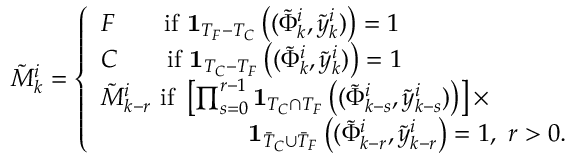
\tilde { M } _ { k } ^ { i } = \left\{ \begin{array} { l l } { F \qquad \mathrm { i f } \ \mathbf { 1 } _ { T _ { F } - T _ { C } } \left( ( \tilde { \Phi } _ { k } ^ { i } , \tilde { y } _ { k } ^ { i } ) \right) = 1 } \\ { C \qquad \mathrm { i f } \ \mathbf { 1 } _ { T _ { C } - T _ { F } } \left( ( \tilde { \Phi } _ { k } ^ { i } , \tilde { y } _ { k } ^ { i } ) \right) = 1 } \\ { \tilde { M } _ { k - r } ^ { i } \ \mathrm { i f } \ \left[ \prod _ { s = 0 } ^ { r - 1 } \mathbf { 1 } _ { T _ { C } \cap T _ { F } } \left( ( \tilde { \Phi } _ { k - s } ^ { i } , \tilde { y } _ { k - s } ^ { i } ) \right) \right] \times } \\ { \qquad \qquad \qquad \mathbf { 1 } _ { \bar { T } _ { C } \cup \bar { T } _ { F } } \left( ( \tilde { \Phi } _ { k - r } ^ { i } , \tilde { y } _ { k - r } ^ { i } \right) = 1 , \ r > 0 . } \end{array} \right.